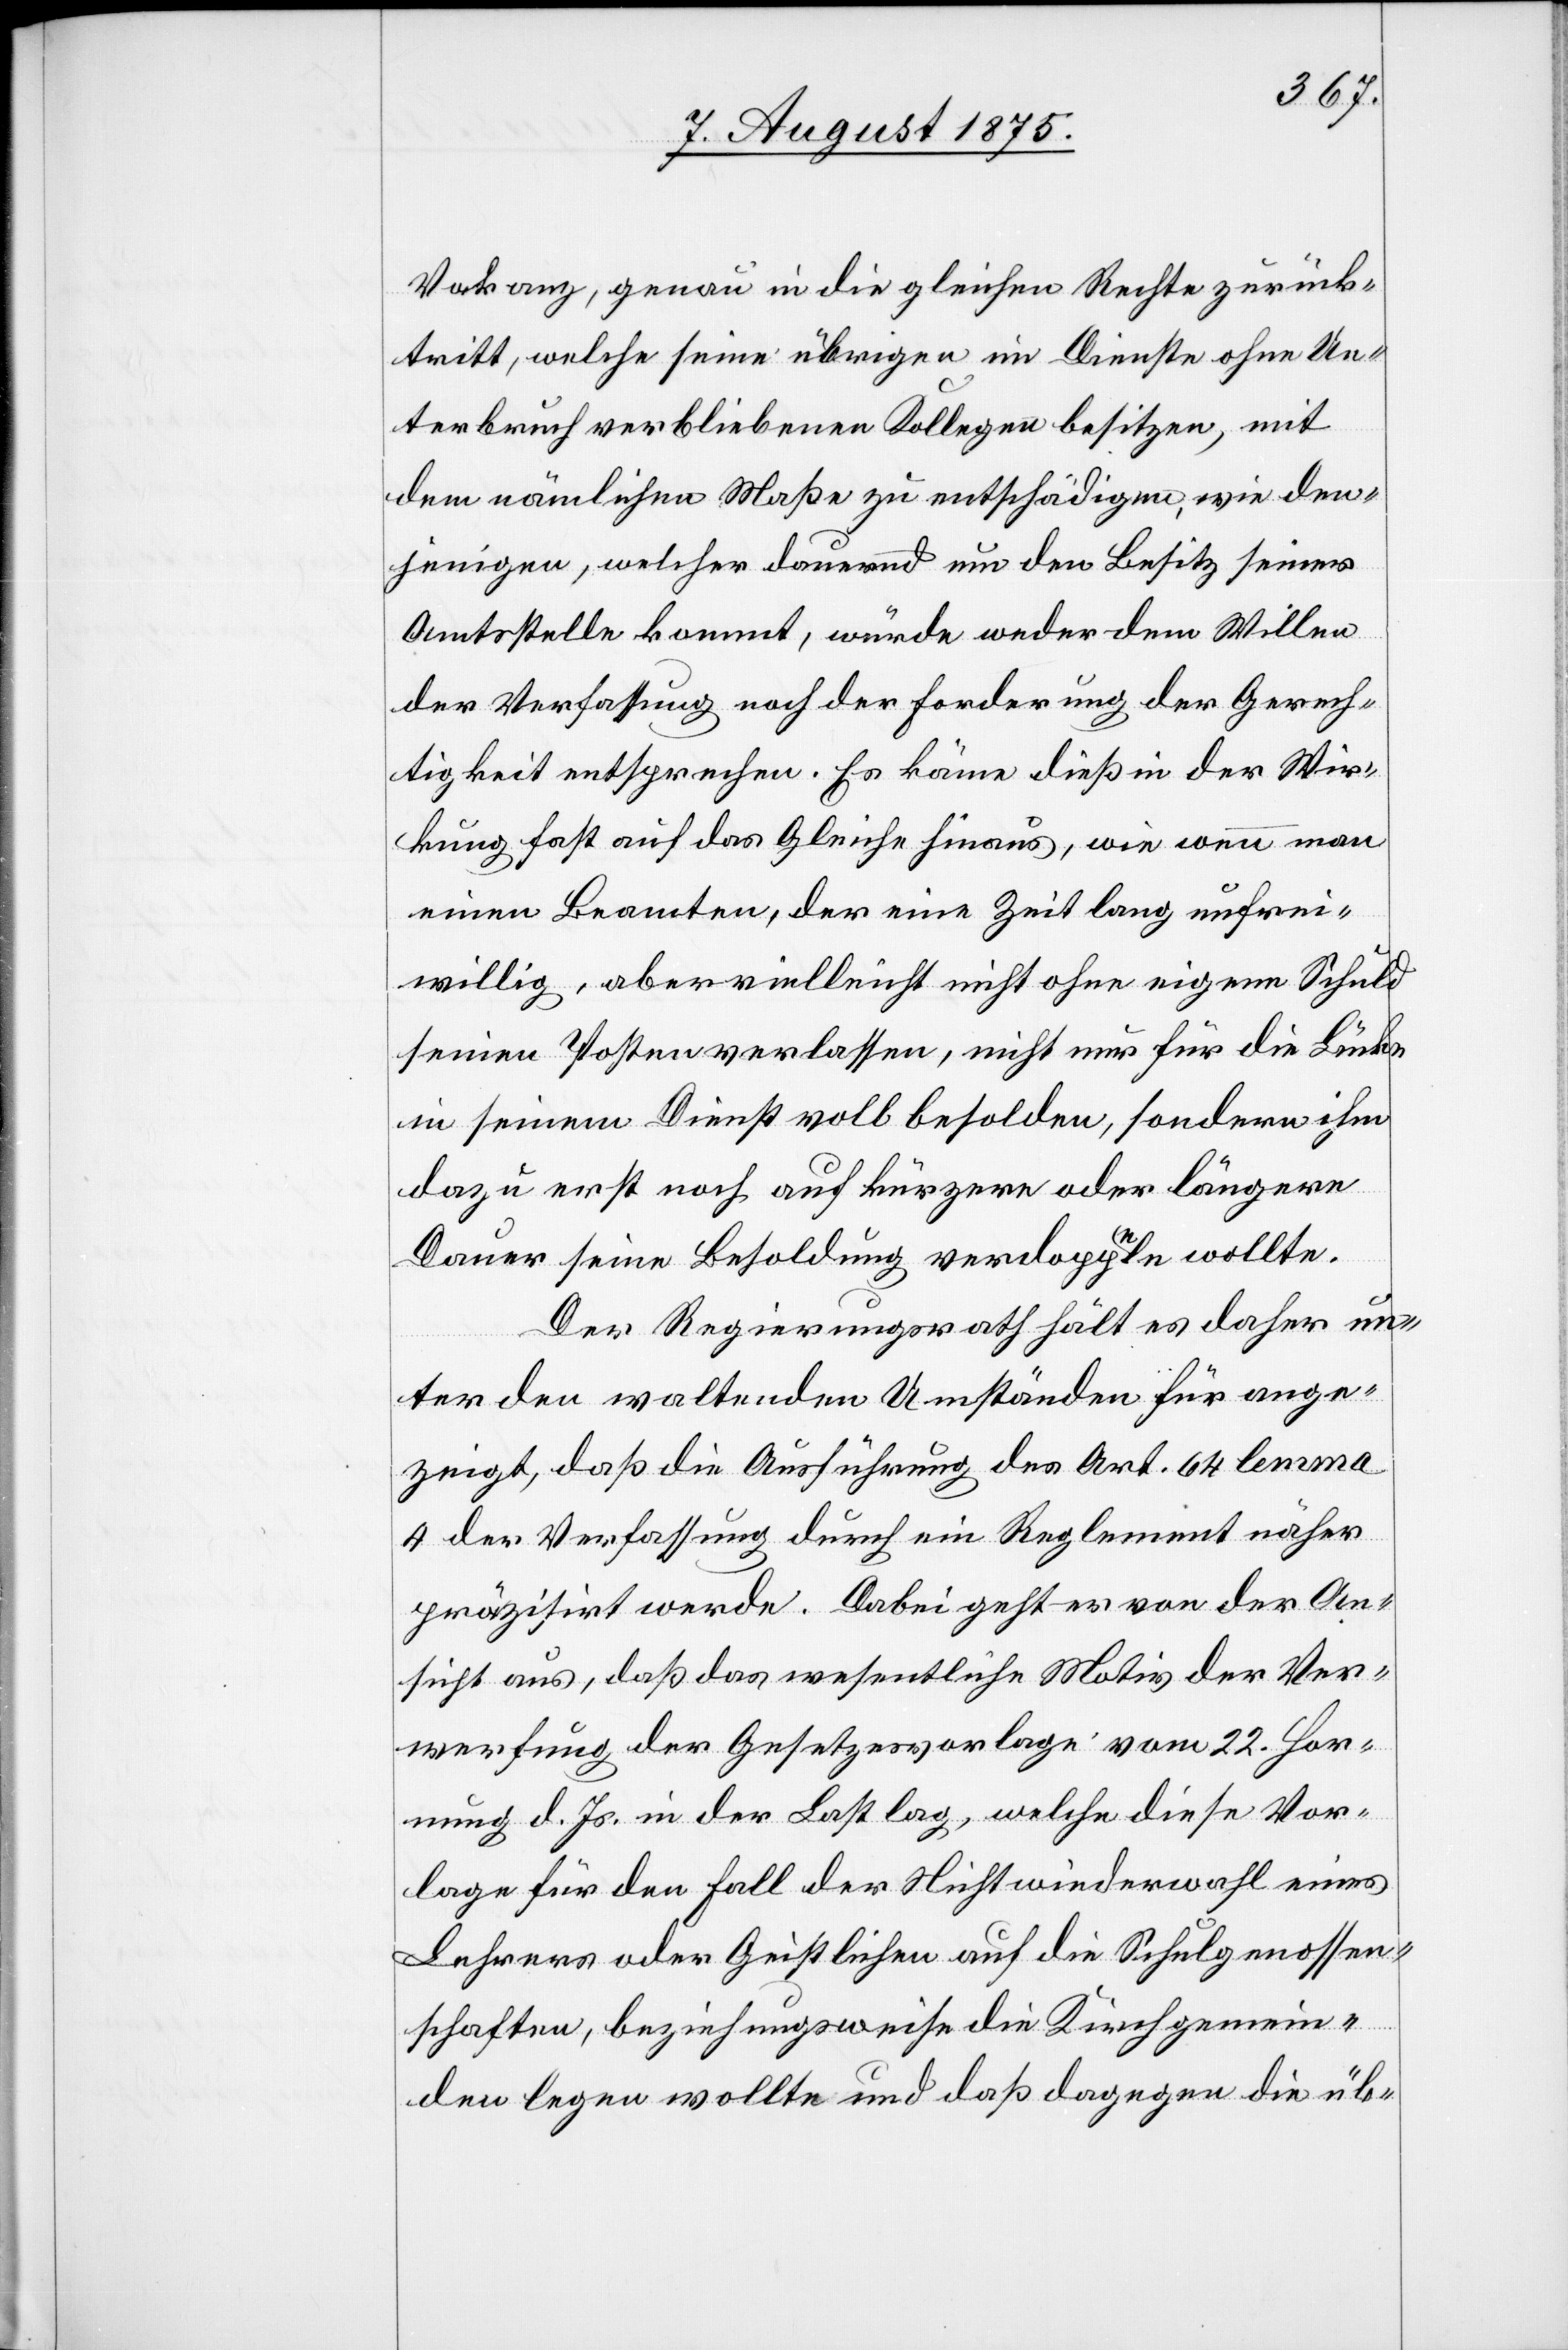
Vakanz, genau in die gleichen Rechte zurück¬
tritt, welche seine übrigen im Dienste ohne Un¬
terbruch verbliebenen Kollegen besitzen, mit
dem nämlichen Maße zu entschädigen, wie den¬
jenigen, welcher dauernd um den Besitz seiner
Amtsstelle kommt, würde weder dem Willen
der Verfassung noch der Forderung der Gerech¬
tigkeit entsprechen. Es käme dieß in der Wir¬
kung fast auf das Gleiche hinaus, wie wenn man
einen Beamten, der eine Zeit lang unfrei¬
willig, oder vielleicht nicht ohne eigene Schuld
seinen Posten verlassen, nicht nur für die Bürde
in seinem Dienst voll besolden, sondern ihm
dazu erst noch auf kürzere oder längere
Dauer seine Besoldung verdoppeln wollte.
Der Regierungsrath hält es daher un¬
ter den waltenden Umständen für ange¬
zeigt, daß die Ausführung des Art. 64 lemma
4 der Verfassung durch ein Reglement näher
präzisirt werde. Dabei geht er von der An¬
sicht aus, daß das wesentliche Motiv der Ver¬
werfung der Gesetzesvorlage vom 22. Hor¬
nung d. Js. in der Last lag, welche diese Vor¬
lage für den Fall der Nichtwiederwahl eines
Lehrers oder Geistlichen auf die Schulgenossen¬
schaften, beziehungsweise die Kirchgemein¬
den legen wollte und daß dagegen die üb-